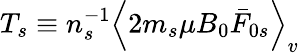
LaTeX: T_{s}\equiv n_{s}^{-1}\left\langle 2m_{s}\mu B_{0}\bar{F}_{0s}\right\rangle_{v}